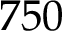
7 5 0